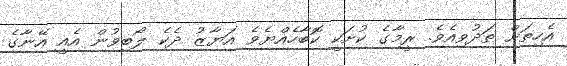
އެހިތަށް ތަދުވިއެވެ. ރީމާގެ ކުށަކީ ކޮބާހެއްޔެވެ އަޔާޒު ދެކެ ލޯބިވުން އެއީ އޭނާގެ